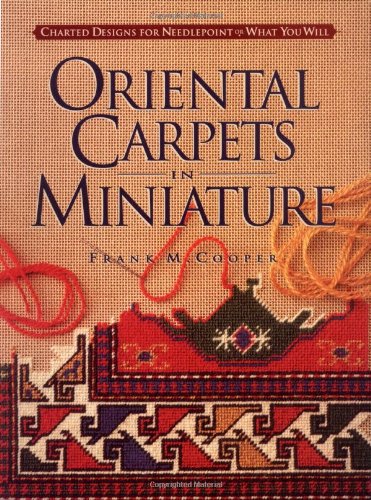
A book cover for Oriental Carpets in Miniature: Charted Designs for Needlepoint or What You Will; Frank M. Cooper; Crafts, Hobbies & Home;